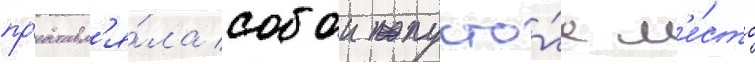
пр'едставл'я́ла собои пусто́е м'е́сто